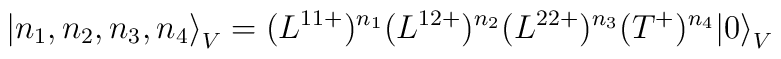
{\left|n_1,n_2,n_3,n_4 \right \rangle}_V =(L^{11 +})^{n_1}(L^{12+})^{n_2}(L^{22+})^{n_3} (T^+)^{n_4}{|0 \rangle}_V